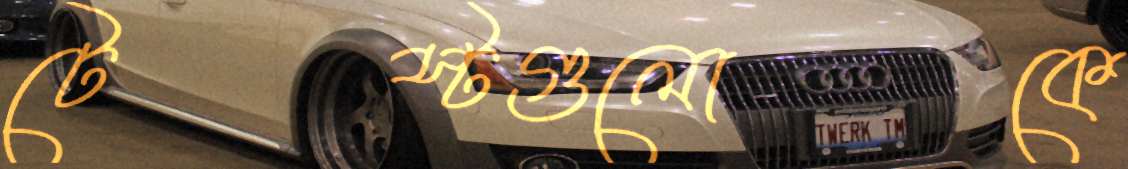
টেস্টগুলোকে